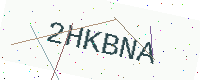
Text: 2HKBNA